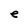
Character: e